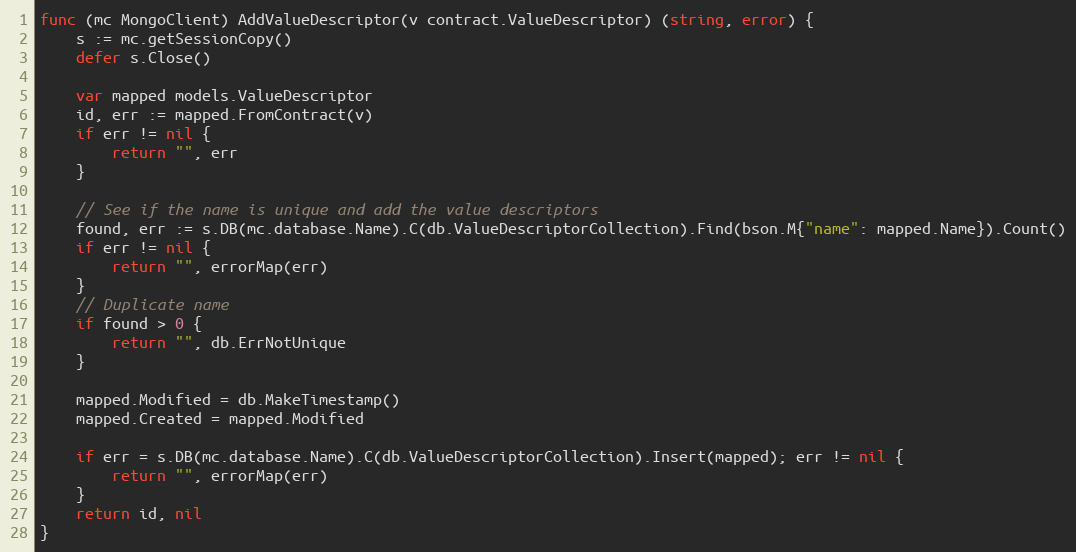
Language: Go
func (mc MongoClient) AddValueDescriptor(v contract.ValueDescriptor) (string, error) {
	s := mc.getSessionCopy()
	defer s.Close()

	var mapped models.ValueDescriptor
	id, err := mapped.FromContract(v)
	if err != nil {
		return "", err
	}

	// See if the name is unique and add the value descriptors
	found, err := s.DB(mc.database.Name).C(db.ValueDescriptorCollection).Find(bson.M{"name": mapped.Name}).Count()
	if err != nil {
		return "", errorMap(err)
	}
	// Duplicate name
	if found > 0 {
		return "", db.ErrNotUnique
	}

	mapped.Modified = db.MakeTimestamp()
	mapped.Created = mapped.Modified

	if err = s.DB(mc.database.Name).C(db.ValueDescriptorCollection).Insert(mapped); err != nil {
		return "", errorMap(err)
	}
	return id, nil
}